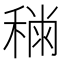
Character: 𥡎